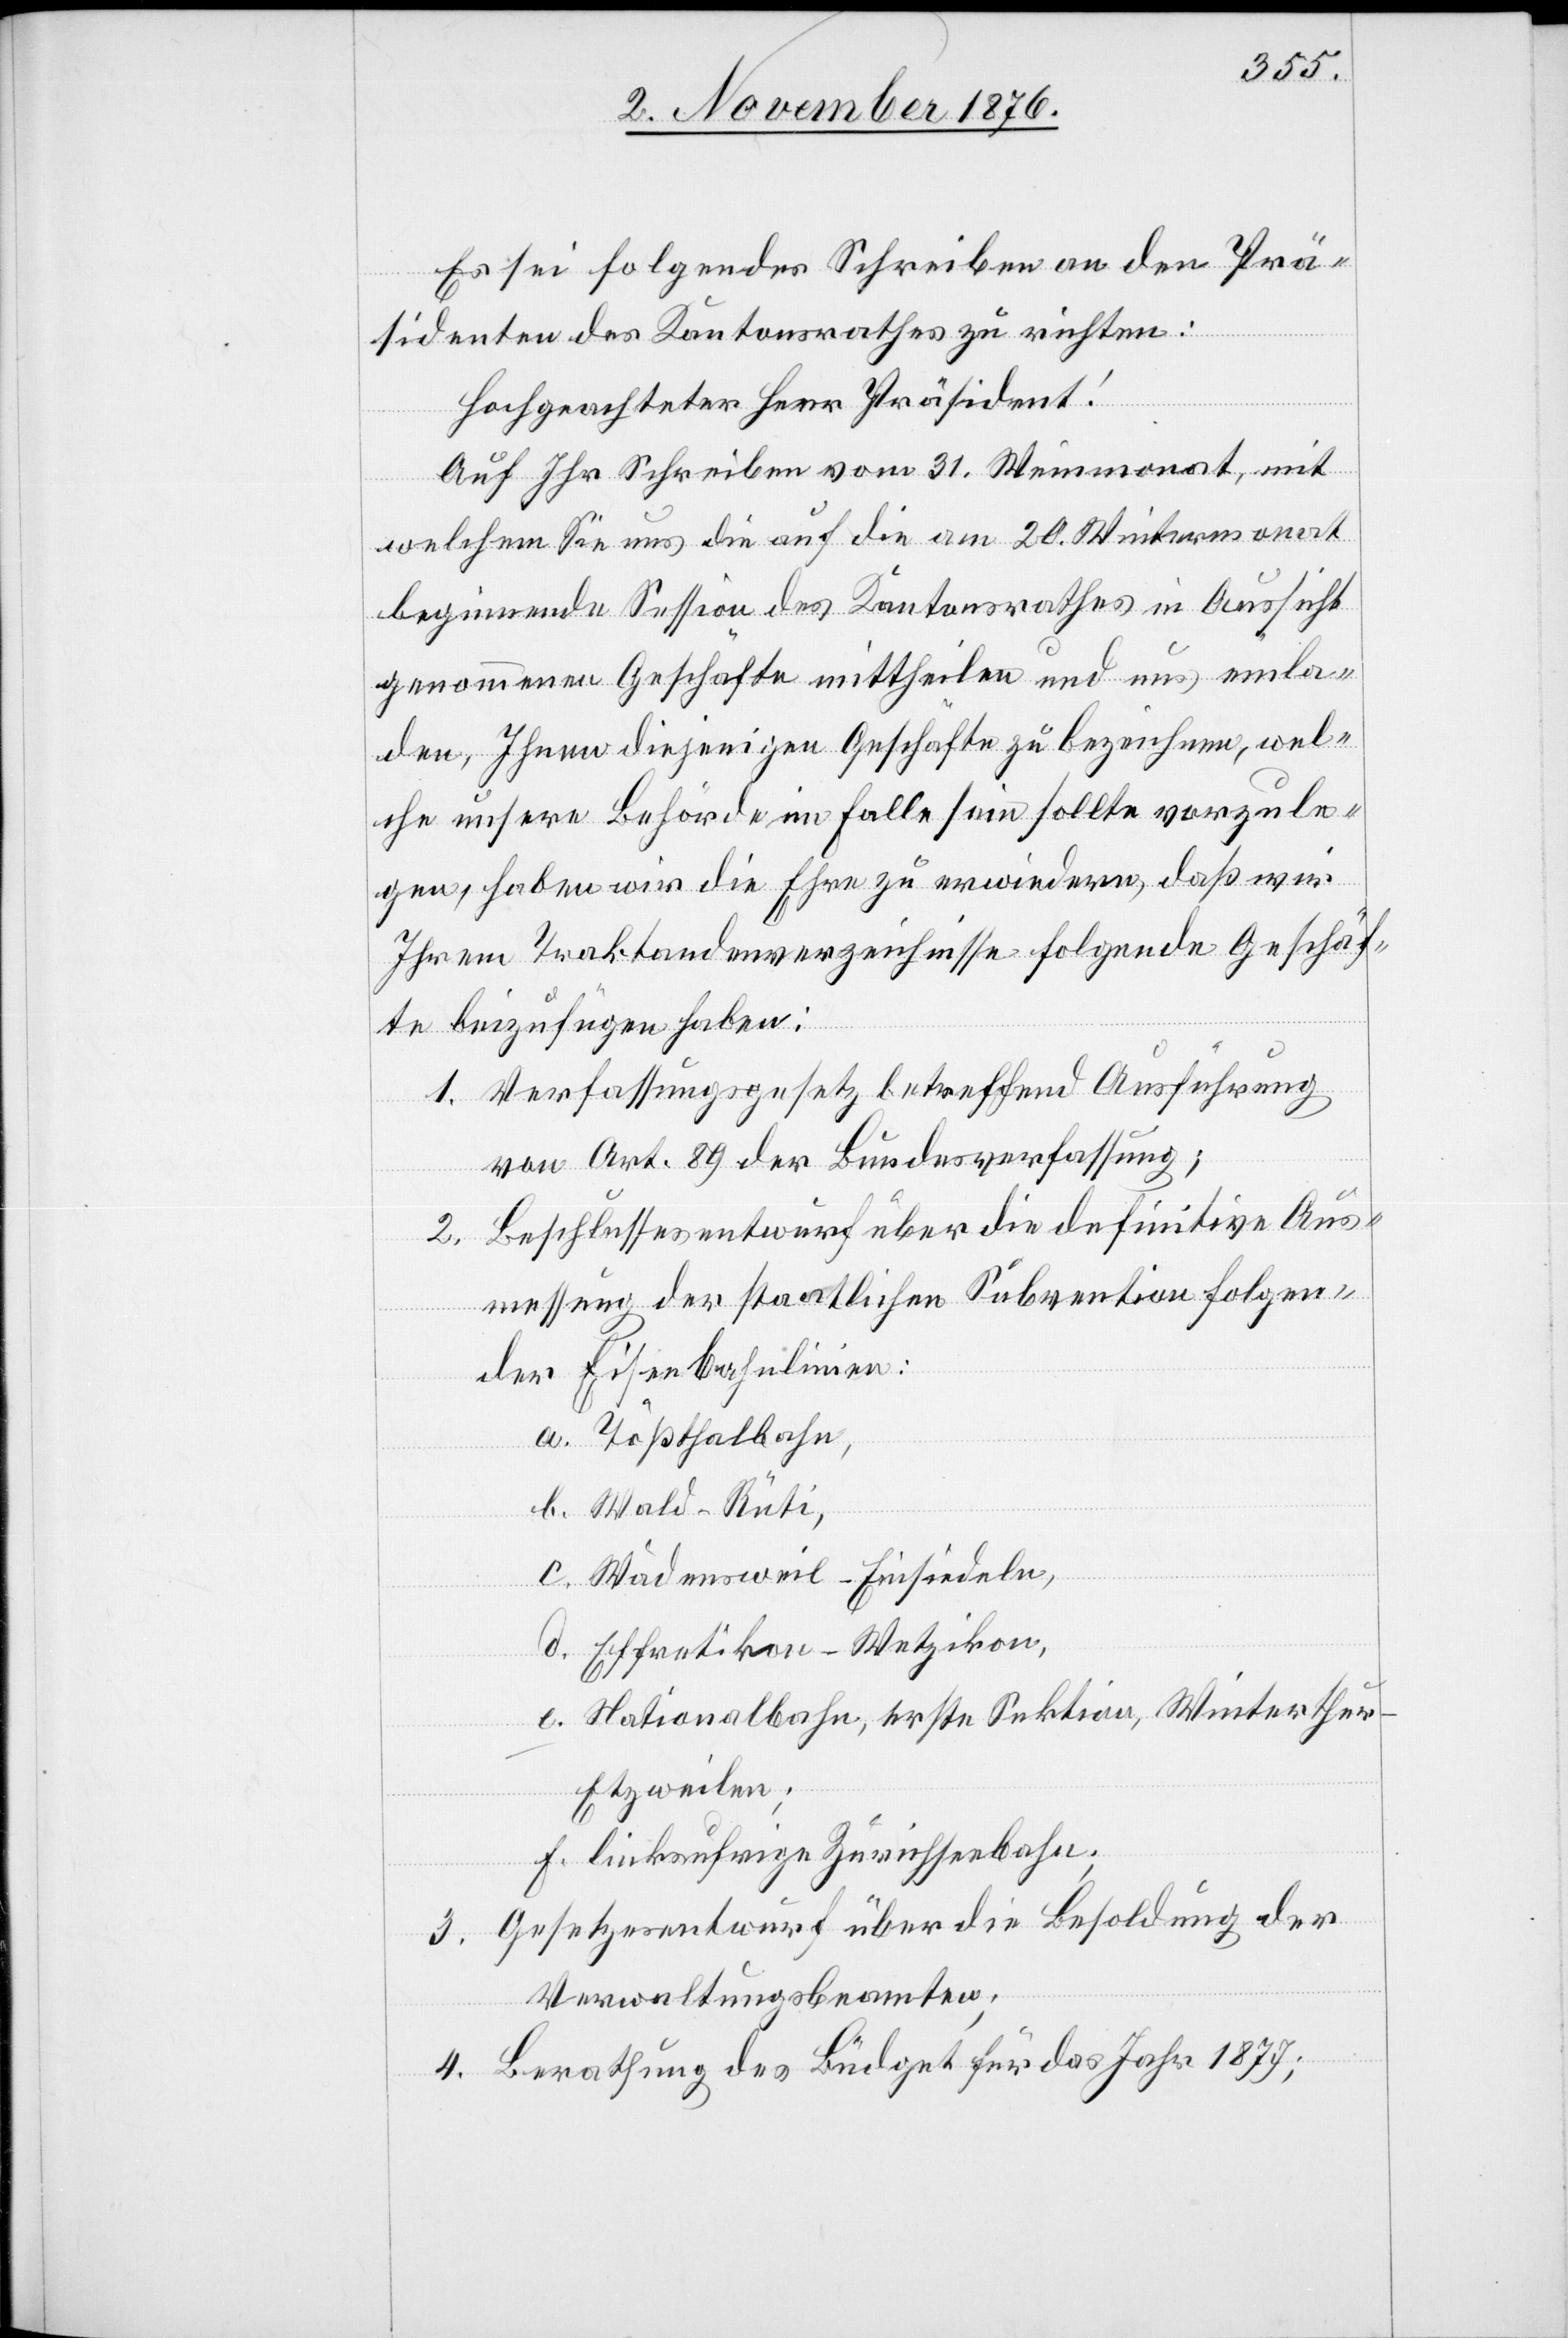
Es sei folgendes Schreiben an den Prä¬
sidenten des Kantonsrathes zu richten:
Hochgeachteter Herr Präsident!
Auf Ihr Schreiben vom 31. Weinmonat, mit
welchem Sie uns die auf die am 20. Wintermonat
beginnende Session des Kantonsrathes in Aussicht
genommenen Geschäfte mittheilen und uns einla¬
den, Ihnen diejenigen Geschäfte zu bezeichnen, wel¬
che unsere Behörde im Falle sein sollte vorzule¬
gen, haben wir die Ehre zu erwiedern, daß wir
Ihrem Traktandenverzeichnisse folgende Geschäf¬
te beizufügen haben:
1. Verfassungsgesetz betreffend Ausführung
von Art. 89 der Bundesverfassung,
2. Beschlussesentwurf über die definitive Aus¬
messung der staatlichen Subvention folgen¬
der Eisenbahnlinien:
a. Tößthalbahn,
b. Wald–Rüti,
c. Wädensweil–Einsiedeln,
d. Effretikon–Wetzikon,
e. Nationalbahn, erste Sektion, Winterthu¬
r–Etzweilen;
f. linksufrige Zürichseebahn;
3. Gesetzesentwurf über die Besoldung der
Verwaltungsbeamten;
4. Berathung des Büdget für das Jahr 1877;